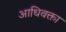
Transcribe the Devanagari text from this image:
आधिवक्ता